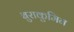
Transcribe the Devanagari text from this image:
बुराकुमिन